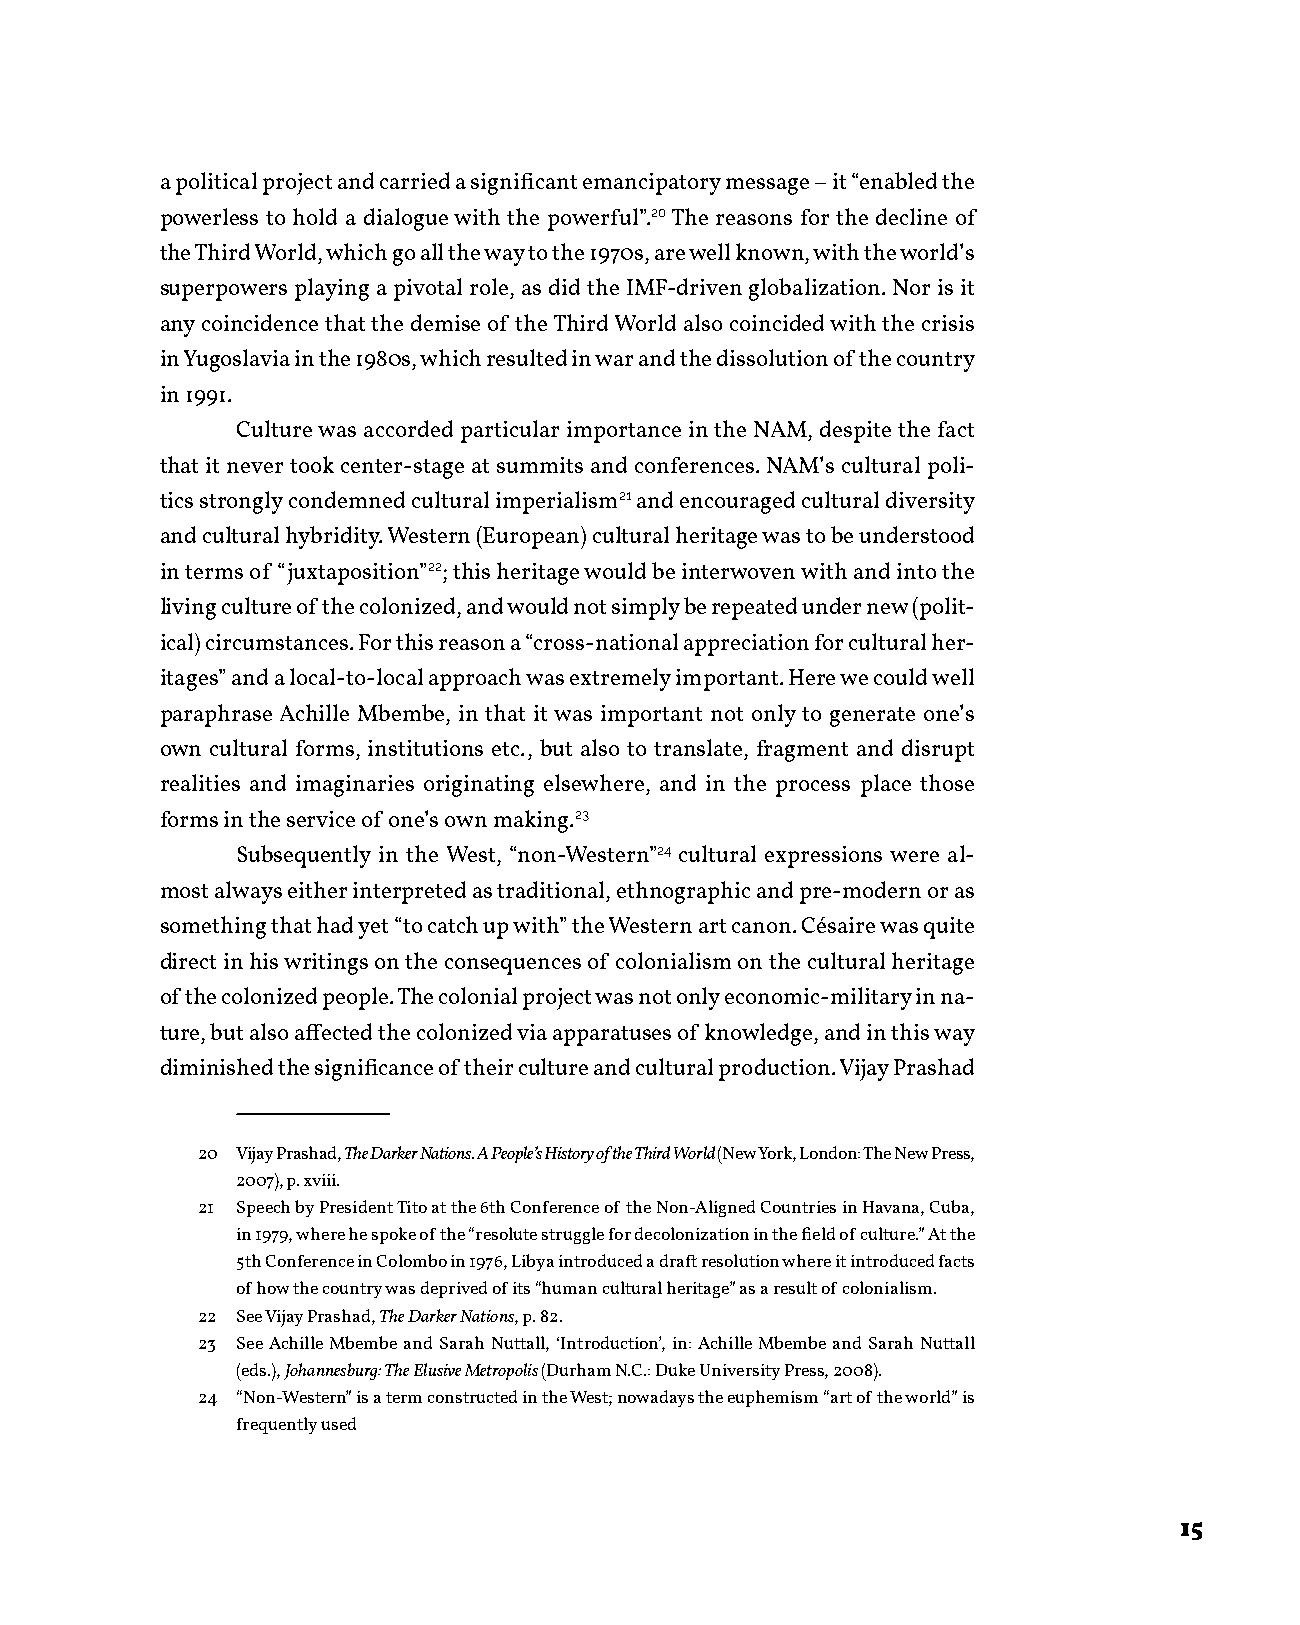
a political project and carried a significant emancipatory message – it “enabled the
 powerless to hold a dialogue with the powerful”.20 The reasons for the decline of
 the Third World, which go all the way to the 1970s, are well known, with the world’s
 superpowers playing a pivotal role, as did the IMF-driven globalization. Nor is it
 any coincidence that the demise of the Third World also coincided with the crisis
 in Yugoslavia in the 1980s, which resulted in war and the dissolution of the country
 in 1991.
 Culture was accorded particular importance in the NAM, despite the fact
 that it never took center-stage at summits and conferences. NAM’s cultural poli-
 tics strongly condemned cultural imperialism21 and encouraged cultural diversity
 and cultural hybridity. Western (European) cultural heritage was to be understood
 in terms of “juxtaposition”22; this heritage would be interwoven with and into the
 living culture of the colonized, and would not simply be repeated under new (polit-
 ical) circumstances. For this reason a “cross-national appreciation for cultural her-
 itages” and a local-to-local approach was extremely important. Here we could well
 paraphrase Achille Mbembe, in that it was important not only to generate one’s
 own cultural forms, institutions etc., but also to translate, fragment and disrupt
 realities and imaginaries originating elsewhere, and in the process place those
 forms in the service of one’s own making.23
 Subsequently in the West, “non-Western”24 cultural expressions were al-
 most always either interpreted as traditional, ethnographic and pre-modern or as
 something that had yet “to catch up with” the Western art canon. Césaire was quite
 direct in his writings on the consequences of colonialism on the cultural heritage
 of the colonized people. The colonial project was not only economic-military in na-
 ture, but also affected the colonized via apparatuses of knowledge, and in this way
 diminished the significance of their culture and cultural production. Vijay Prashad
 20 Vijay Prashad, The Darker Nations. A People’s History of the Third World (New York, London: The New Press,
 2007), p. xviii.
 21 Speech by President Tito at the 6th Conference of the Non-Aligned Countries in Havana, Cuba,
 in 1979, where he spoke of the “resolute struggle for decolonization in the field of culture.” At the
 5th Conference in Colombo in 1976, Libya introduced a draft resolution where it introduced facts
 of how the country was deprived of its “human cultural heritage” as a result of colonialism.
 22 See Vijay Prashad, The Darker Nations, p. 82.
 23 See Achille Mbembe and Sarah Nuttall, ‘Introduction’, in: Achille Mbembe and Sarah Nuttall
 (eds.), Johannesburg: The Elusive Metropolis (Durham N.C.: Duke University Press, 2008).
 24 “Non-Western” is a term constructed in the West; nowadays the euphemism “art of the world” is
 frequently used
 15